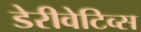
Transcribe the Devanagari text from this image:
डेरीवेटिव्स